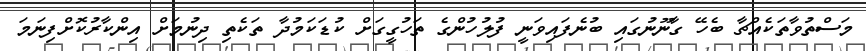
މަސްތުވާތަކެއްޗާ ބެހޭ ގާނޫނުގައި ބުނެފައިވަނީ ފުލުހުންގެ ތަހުގީގަށް ކުޑަކަމުދާ ތަކެތި ދިނުމަށް އިންކާރުކޮށްފިނަމަ